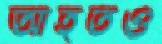
আহতও